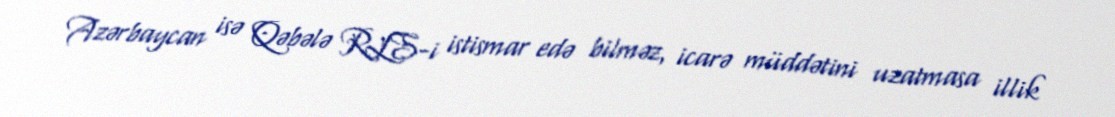
Azərbaycan isə Qəbələ RLS-i istismar edə bilməz, icarə müddətini uzatmasa illik